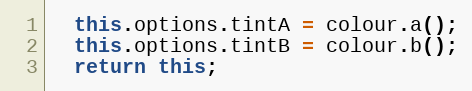
Language: JavaScript
  this.options.tintA = colour.a();
  this.options.tintB = colour.b();
  return this;